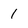
Character: 1